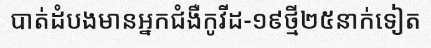
បាត់ដំបងមានអ្នកជំងឺកូវីដ-១៩ថ្មី២៥នាក់ទៀត